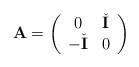
LaTeX: \begin{align*} {\bf A} = \left( \begin{array}{cc} 0 & \check{{\bf I}} \\ -\check{{\bf I}} & 0 \end{array} \right)\end{align*}